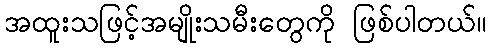
အထူးသဖြင့်အမျိုးသမီးတွေကို ဖြစ်ပါတယ်။